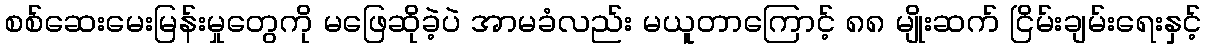
စစ်ဆေးမေးမြန်းမှုတွေကို မဖြေဆိုခဲ့ပဲ အာမခံလည်း မယူတာကြောင့် ၈၈ မျိုးဆက် ငြိမ်းချမ်းရေးနှင့်